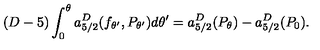
( D - 5 ) \int _ { 0 } ^ { \theta } a _ { 5 / 2 } ^ { D } ( f _ { \theta ^ { \prime } } , P _ { \theta ^ { \prime } } ) d \theta ^ { \prime } = a _ { 5 / 2 } ^ { D } ( P _ { \theta } ) - a _ { 5 / 2 } ^ { D } ( P _ { 0 } ) .